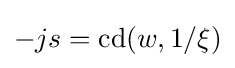
-js=\mathrm {cd} (w,1/\xi )